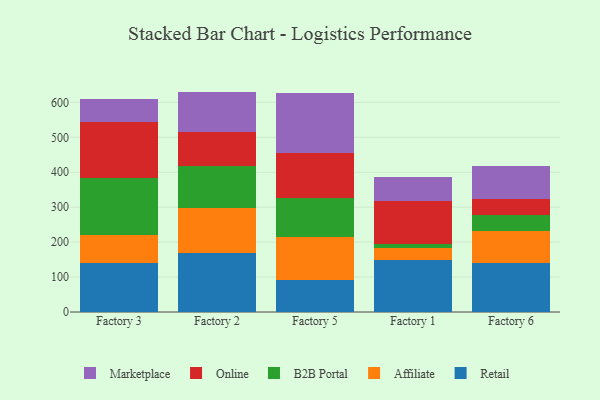
{"axis": {"x": "Factory", "y": "Website Visitors"}, "legend": ["Affiliate", "B2B Portal", "Marketplace", "Online", "Retail"], "data": [{"x": "Factory 3", "y": 139.4, "type": "Retail"}, {"x": "Factory 3", "y": 80.9, "type": "Affiliate"}, {"x": "Factory 3", "y": 162.9, "type": "B2B Portal"}, {"x": "Factory 3", "y": 161.6, "type": "Online"}, {"x": "Factory 3", "y": 63.6, "type": "Marketplace"}, {"x": "Factory 2", "y": 169.4, "type": "Retail"}, {"x": "Factory 2", "y": 128.8, "type": "Affiliate"}, {"x": "Factory 2", "y": 118.6, "type": "B2B Portal"}, {"x": "Factory 2", "y": 97.8, "type": "Online"}, {"x": "Factory 2", "y": 116.2, "type": "Marketplace"}, {"x": "Factory 5", "y": 92.0, "type": "Retail"}, {"x": "Factory 5", "y": 121.9, "type": "Affiliate"}, {"x": "Factory 5", "y": 112.1, "type": "B2B Portal"}, {"x": "Factory 5", "y": 128.4, "type": "Online"}, {"x": "Factory 5", "y": 171.8, "type": "Marketplace"}, {"x": "Factory 1", "y": 148.4, "type": "Retail"}, {"x": "Factory 1", "y": 35.2, "type": "Affiliate"}, {"x": "Factory 1", "y": 10.8, "type": "B2B Portal"}, {"x": "Factory 1", "y": 122.0, "type": "Online"}, {"x": "Factory 1", "y": 69.8, "type": "Marketplace"}, {"x": "Factory 6", "y": 139.2, "type": "Retail"}, {"x": "Factory 6", "y": 93.9, "type": "Affiliate"}, {"x": "Factory 6", "y": 43.3, "type": "B2B Portal"}, {"x": "Factory 6", "y": 46.1, "type": "Online"}, {"x": "Factory 6", "y": 96.8, "type": "Marketplace"}]}